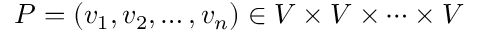
P = ( v _ { 1 } , v _ { 2 } , \ldots , v _ { n } ) \in V \times V \times \cdots \times V